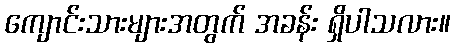
ကျောင်းသားများအတွက် အခန်း ရှိပါသလား။